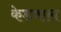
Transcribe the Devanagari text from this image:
केडवाल